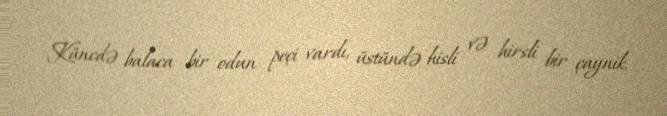
Küncdə balaca bir odun peçi vardı, üstündə hisli və hirsli bir çaynik.